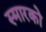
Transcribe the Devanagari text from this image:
स्मारको